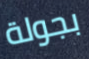
بجولة